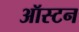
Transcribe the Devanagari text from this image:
ऑस्टन